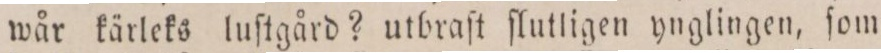
wår kärleks luſtgård? utbraſt ſlutligen ynglingen, ſom